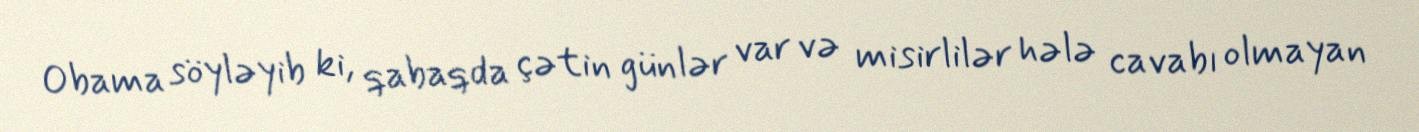
Obama söyləyib ki, qabaqda çətin günlər var və misirlilər hələ cavabı olmayan